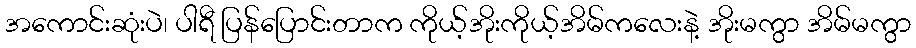
အကောင်းဆုံးပဲ၊ ပါရီ ပြန်ပြောင်းတာက ကိုယ့်အိုးကိုယ့်အိမ်ကလေးနဲ့ အိုးမကွာ အိမ်မကွာ